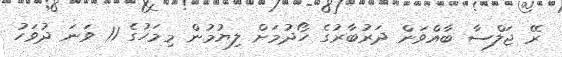
ރޭ ޖަލްސާ ބާއްވަން ދަރުބާރުގެ ހޯދުމަށް ލިޔުމުން މިމަހުގެ 11 ވަނަ ދުވަހު